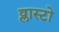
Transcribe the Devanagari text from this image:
व्लास्टो